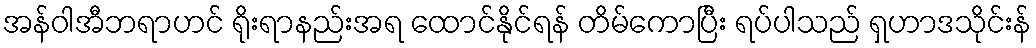
အန်ဝါအီဘရာဟင် ရိုးရာနည်းအရ ထောင်နိုင်ရန် တိမ်ကောပြီး ရပ်ပါသည် ရှဟာဒသိုင်းန်